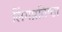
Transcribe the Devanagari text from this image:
लिंगप्रतिष्ठा